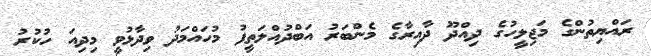
ރައްޔިތުންގެ މަޖިލީހުގެ ދިއްދޫ ދާއިރާގެ މެންބަރު އަބްދުއްލަތީފު މުހައްމަދު ވިދާޅުވީ މިދިއަ ހުކުރު